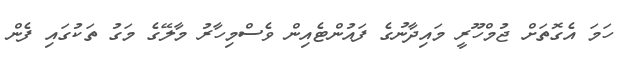
ހަމަ އެގޮތަށް ޖުމްހޫރީ މައިދާނުގެ ފައުންޓެއިން ވެސްމިހާރު މާލޭގެ މަގު ތަކުގައި ފެން